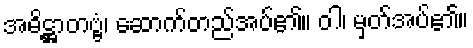
အဓိဋ္ဌာတဗ္ဗံ၊ ဆောက်တည်အပ်၏။ ဝါ၊ မှတ်အပ်၏။